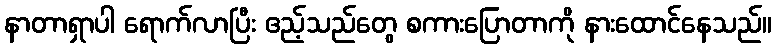
နာတာရှာပါ ရောက်လာပြီး ဧည့်သည်တွေ စကားပြောတာကို နားထောင်နေသည်။